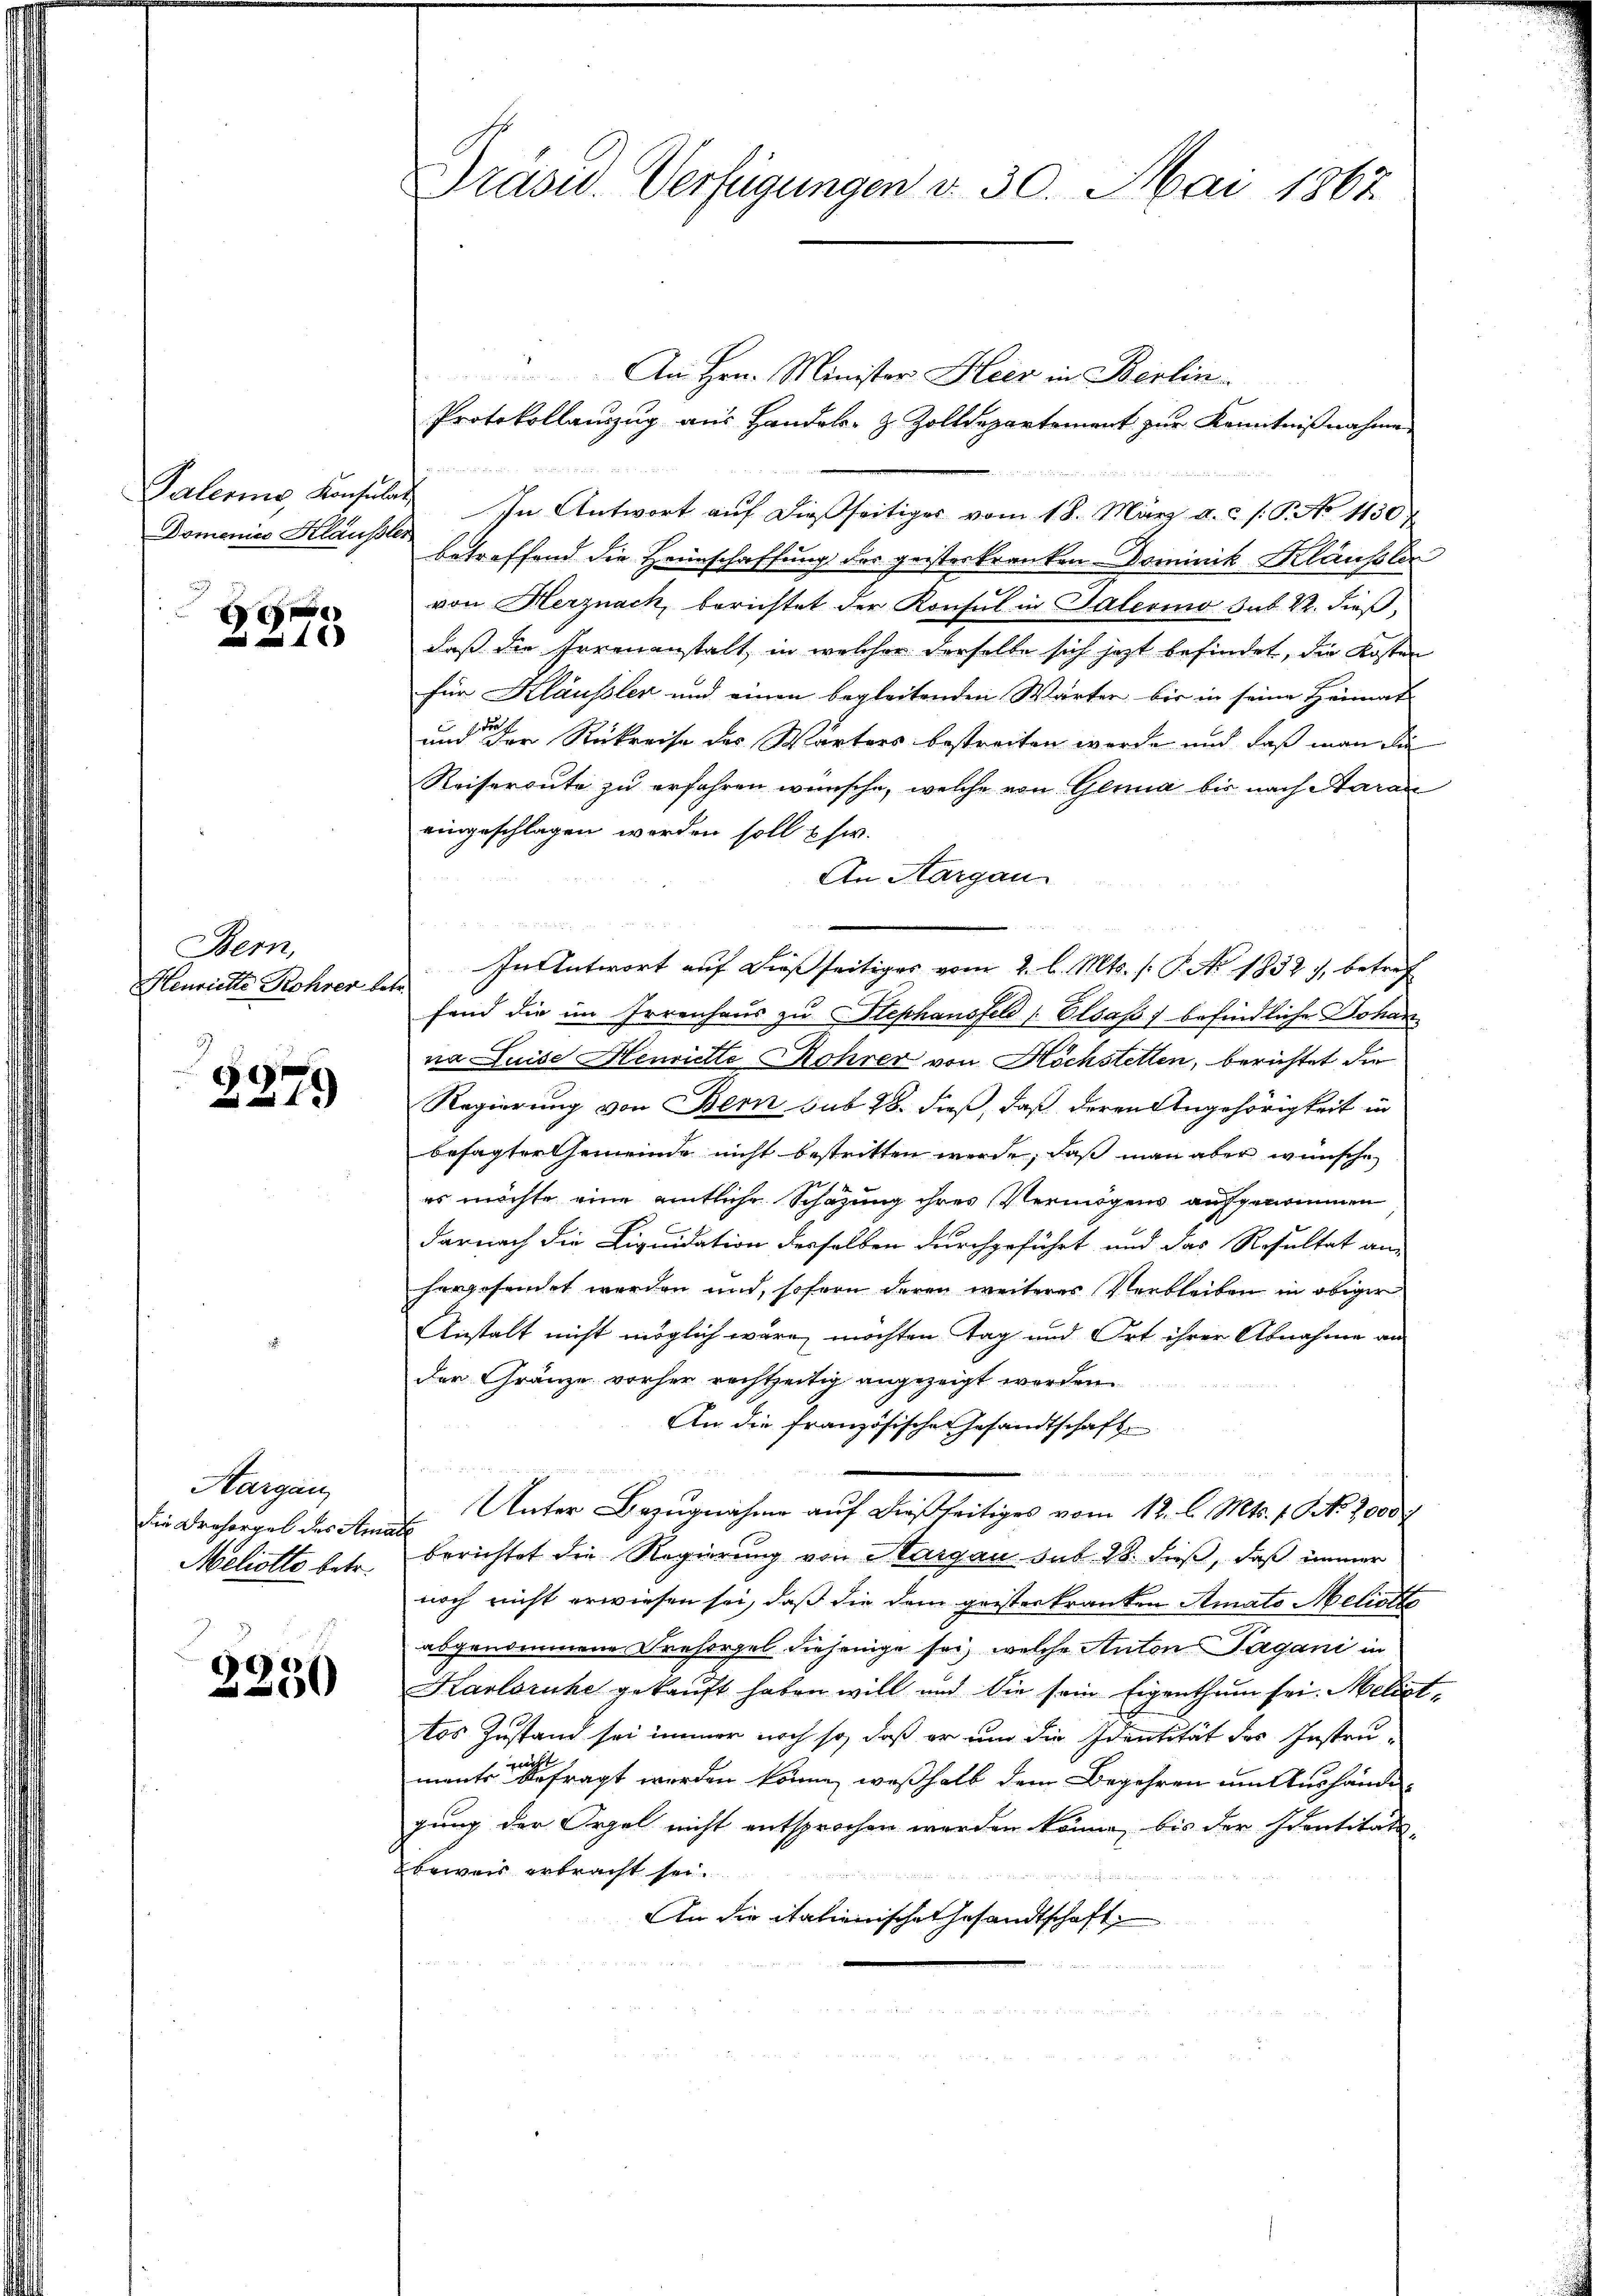
Domenies Kläußler

Bern,
Henriette Rohrer betr.

2379

Aargau,
Die Drehorgel des Amade
Meliotto betr.

.
2250

An Hrn. Minister Gleer in Berlin
Protokollauszug aus Handels- & Zolldepartement zur Kenntnißnahme

Palerina, Konsulat In Antwort aŭf dießseitiges vom 18. März a. c. s. S. No 1150
betreffend die Heimschaffung des geisterkranken- Dominik Kläusler
von Herznack, berichtet der Konsul in Salerino sub. Kr. dieß,
daß die Irrenanstalt, in welcher derselbe sich jetzt befindet, die Kosten
für Klaussten und einen begleitenden Wärter bis in seine Heimat
und der Rückreise des Wärters bestreiten wurde und daß man die
Reisereute zu erfahren wünsche, welche von Glina bis nach Saran
eingeschlagen worden soll usw.
An Aargau
In Antwort auf dießseitiges vom 2. l. Mts. /: P. No. 1832), betref
fand die im Irrenhaus zu Stephansfeld Elsass, befindliche Johanna Luise Henriette Rohrer von Höchstetten, berichtet die
Regierung von Bern sub 28. dieß, daß deren Angehörigkeit in
besagter Gemeinde nicht bestritten werde, daß man aber wünsche
es möchte eine amtliche Schazung ihres Vermögens aufgenommen
darnach die Liquidation derselben durchgeführt und das Resultat an
hergesendet werden und, sofern deren weiteres Verbleiben in obiger
Anstalt nicht möglich wäre, möchten Tag und Ort ihrer Abnahme an
der Gränze vorher rechtzeitig angezeigt worden.
An die französische Gesandtschaft
d übe
e
Unter Bezugnahme auf dießseitiges vom 12. l. Mts. 1. No. 2000
berichtet die Regierung von Aargau sub 28. dieß, daß immer
noch nicht erwiesen sei, daß die dem geisterkranken Amato Meliolto
abgenommene Frehorzel diejenige sei, welche Anton Tagani in
Karlsruhe gekaŭft haben will und die sein Eigenthum sei. Meliot
tos Zustand sei immer noch so, daß er um die Identität des Instrumanten befragt werden könne, weßhalb dem Begehren um Aushändegung der Orgel nicht entsprochen werden könne, bis der Identitäts-
beweis erbracht sei.
An die italienische Gesandtschaft

Prasw. Verfügungen v. 30. Mai 1867